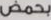
بحمض